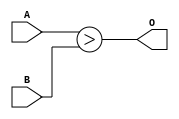
`timescale 1ns / 1ps

module COMP
#(
	parameter N = 8, M = N
)
(
	input [N-1:0] A,
	input [M-1:0] B,
	output 	O
);

	assign O = A > B;

endmodule